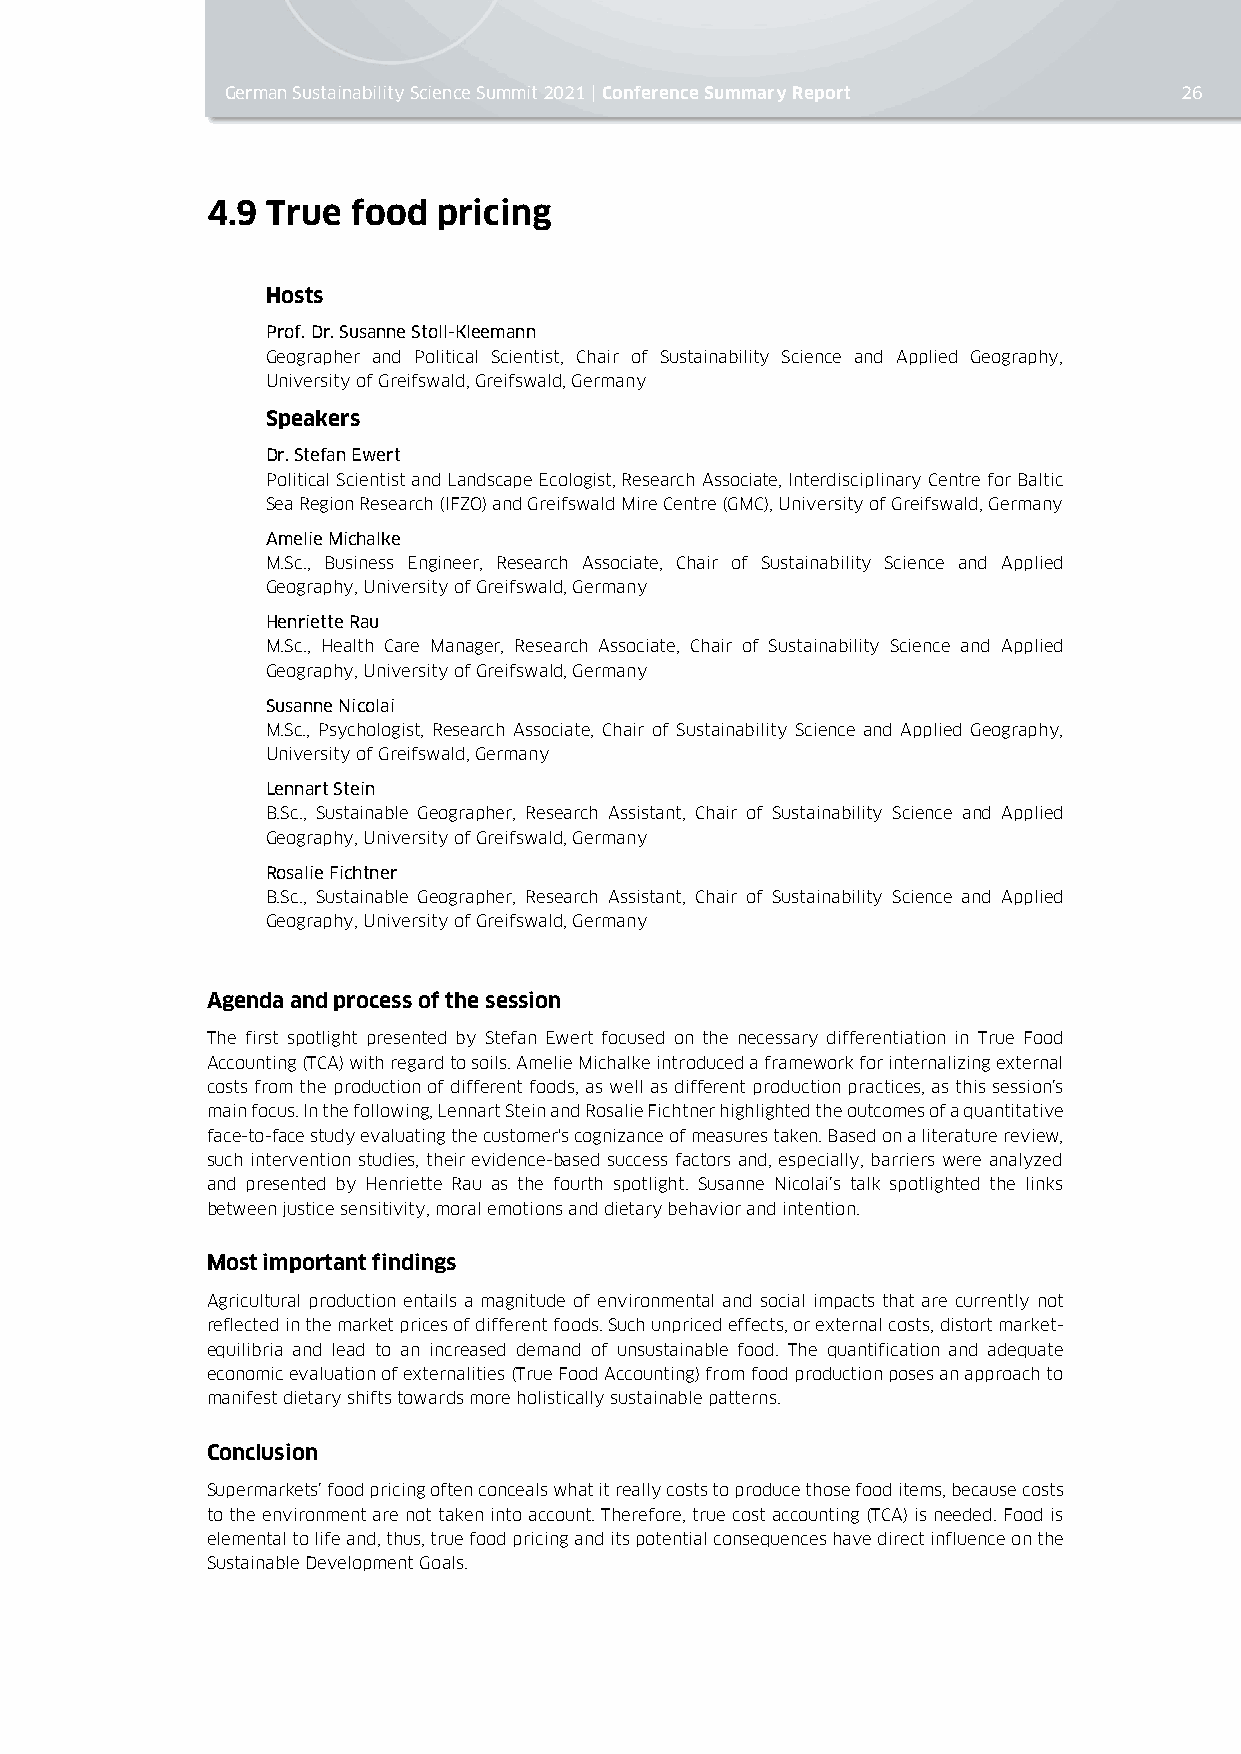
German Sustainability Science Summit 2021 | Conference Summary Report 26
 4.9 True food  pricing
 Hosts
 Prof. Dr. Susanne Stoll-Kleemann
 Geographer and Political Scientist, Chair of Sustainability Science and Applied Geography,
 University of Greifswald, Greifswald, Germany
 Speakers
 Dr. Stefan Ewert
 Political Scientist and Landscape Ecologist, Research Associate, Interdisciplinary Centre for Baltic
 Sea Region Research (IFZO) and Greifswald Mire Centre (GMC), University of Greifswald, Germany
 Amelie Michalke
 M.Sc., Business Engineer, Research Associate, Chair of Sustainability Science and Applied
 Geography, University of Greifswald, Germany
 Henriette Rau
 M.Sc., Health Care Manager, Research Associate, Chair of Sustainability Science and Applied
 Geography, University of Greifswald, Germany
 Susanne Nicolai
 M.Sc., Psychologist, Research Associate, Chair of Sustainability Science and Applied Geography,
 University of Greifswald, Germany
 Lennart Stein
 B.Sc., Sustainable Geographer, Research Assistant, Chair of Sustainability Science and Applied
 Geography, University of Greifswald, Germany
 Rosalie Fichtner
 B.Sc., Sustainable Geographer, Research Assistant, Chair of Sustainability Science and Applied
 Geography, University of Greifswald, Germany
 Agenda and process of the session
 The first spotlight presented by Stefan Ewert focused on the necessary differentiation in True Food
 Accounting (TCA) with regard to soils. Amelie Michalke introduced a framework for internalizing external
 costs from the production of different foods, as well as different production practices, as this session’s
 main focus. In the following, Lennart Stein and Rosalie Fichtner highlighted the outcomes of a quantitative
 face-to-face study evaluating the customer's cognizance of measures taken. Based on a literature review,
 such intervention studies, their evidence-based success factors and, especially, barriers were analyzed
 and presented by Henriette Rau as the fourth spotlight. Susanne Nicolai’s talk spotlighted the links
 between justice sensitivity, moral emotions and dietary behavior and intention.
 Most important findings
 Agricultural production entails a magnitude of environmental and social impacts that are currently not
 reflected in the market prices of different foods. Such unpriced effects, or external costs, distort market-
 equilibria and lead to an increased demand of unsustainable food. The quantification and adequate
 economic evaluation of externalities (True Food Accounting) from food production poses an approach to
 manifest dietary shifts towards more holistically sustainable patterns.
 Conclusion
 Supermarkets’ food pricing often conceals what it really costs to produce those food items, because costs
 to the environment are not taken into account. Therefore, true cost accounting (TCA) is needed. Food is
 elemental to life and, thus, true food pricing and its potential consequences have direct influence on the
 Sustainable Development Goals.